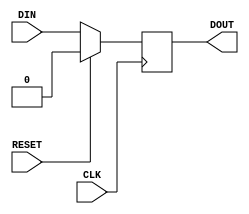
/*
 * Delay Register
 */

module register #(
    parameter NUM_STAGES = 1,
    parameter DATA_WIDTH = 1
)(
    input wire                   CLK,
    input wire                   RESET,
    input wire [DATA_WIDTH-1:0]  DIN,
    output wire [DATA_WIDTH-1:0] DOUT
);

genvar i;
generate
if (NUM_STAGES == 0)
begin
    assign DOUT = DIN;
end
else if (NUM_STAGES > 0)
begin
    reg [NUM_STAGES*DATA_WIDTH-1:0] din_delay;
    always @(posedge CLK)
    begin
        if(RESET)
        begin
            din_delay[DATA_WIDTH-1:0] <= 0;
        end else
        begin
            din_delay[DATA_WIDTH-1:0] <= DIN;
        end
    end
    for (i=1; i<NUM_STAGES; i=i+1)
        begin : REGISTER_STAGES
        always @(posedge CLK)
        begin
            if(RESET)
            begin
                din_delay[i*DATA_WIDTH+:DATA_WIDTH] <= 0;
            end else
            begin
                din_delay[i*DATA_WIDTH+:DATA_WIDTH] <= din_delay[(i-1)*DATA_WIDTH+:DATA_WIDTH];
            end
        end
    end
    assign DOUT = din_delay[ (NUM_STAGES-1) * DATA_WIDTH +: DATA_WIDTH];
end
    
endgenerate

endmodule